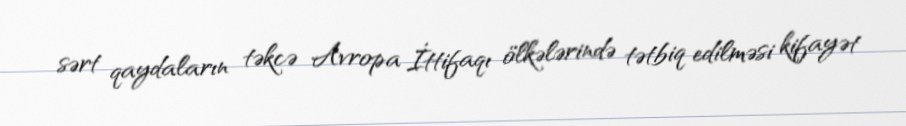
sərt qaydaların təkcə Avropa İttifaqı ölkələrində tətbiq edilməsi kifayət